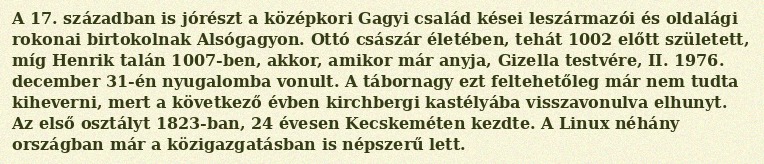
A 17. században is jórészt a középkori Gagyi család kései leszármazói és oldalági rokonai birtokolnak Alsógagyon. Ottó császár életében, tehát 1002 előtt született, míg Henrik talán 1007-ben, akkor, amikor már anyja, Gizella testvére, II. 1976. december 31-én nyugalomba vonult. A tábornagy ezt feltehetőleg már nem tudta kiheverni, mert a következő évben kirchbergi kastélyába visszavonulva elhunyt. Az első osztályt 1823-ban, 24 évesen Kecskeméten kezdte. A Linux néhány országban már a közigazgatásban is népszerű lett.